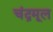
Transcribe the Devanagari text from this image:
चंद्रमूल